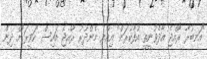
"އަނބުރާ ރާއްޖެ އާދެވުނީތީ އުފާކުރަން" އިއްޔެ މެންދުރު ރާއްޖެ އައިސް "ހަވީރަ"ށް ދިން